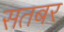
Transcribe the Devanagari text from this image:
सतबर